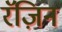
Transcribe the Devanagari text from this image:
रॅज़िन